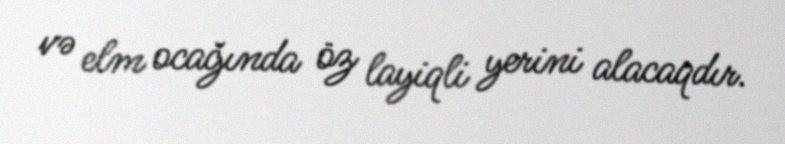
və elm ocağında öz layiqli yerini alacaqdır.